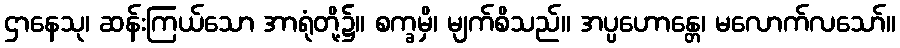
ဌာနေသု၊ ဆန်းကြယ်သော အာရုံတို့၌။ စက္ခမှိ၊ မျက်စိသည်။ အပ္ပဟောန္တေ၊ မလောက်လသော်။